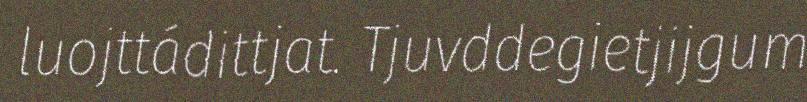
luojttádittjat. Tjuvddegietjijgum